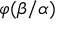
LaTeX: \varphi ( \beta / \alpha )